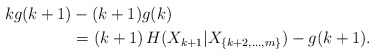
\begin{align*}kg(k+1) & - (k+1)g(k) \\&= (k+1) \, H(X_{k+1}|X_{\{k+2,\ldots,m\}}) - g(k+1).\end{align*}